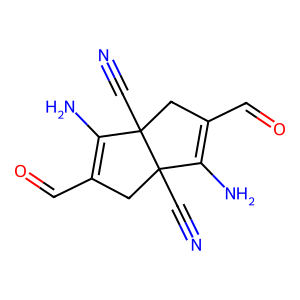
SMILES: N#CC12CC(C=O)=C(N)C1(C#N)CC(C=O)=C2N
Inhibits HIV replication: No